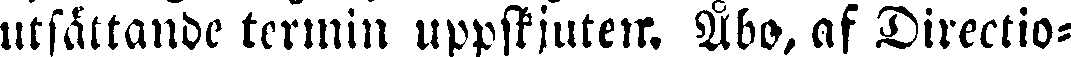
utsättande termin uppskjuten. Åbo, af Directio-